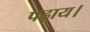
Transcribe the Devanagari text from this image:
पढ़ाय।